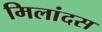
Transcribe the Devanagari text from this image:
मिलांदस